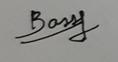
Signature authenticity: genuine